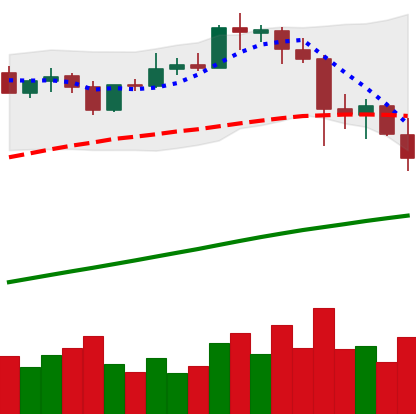
Ticker: BTC-USD
Chart end date: 2021-04-22
Forward return: 6.319%
Label: up_5_7